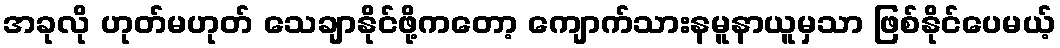
အခုလို ဟုတ်မဟုတ် သေချာနိုင်ဖို့ကတော့ ကျောက်သားနမူနာယူမှသာ ဖြစ်နိုင်ပေမယ့်